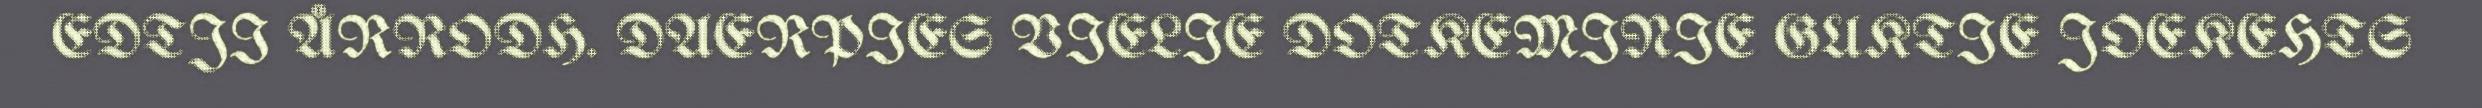
EDTJI ÅRRODH. DAERPIES VIELIE DOTKEMINIE GUKTIE JOEKEHTS